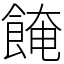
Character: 餣